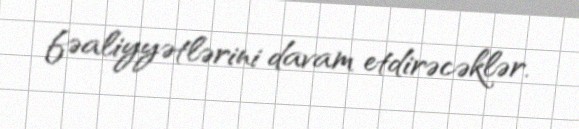
fəaliyyətlərini davam etdirəcəklər.